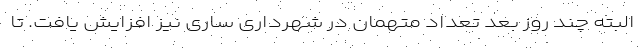
البته چند روز بعد تعداد متهمان در شهرداری ساری نیز افزایش یافت. تا